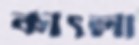
কাৎলা